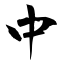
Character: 中